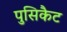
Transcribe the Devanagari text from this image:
पुसिकैट